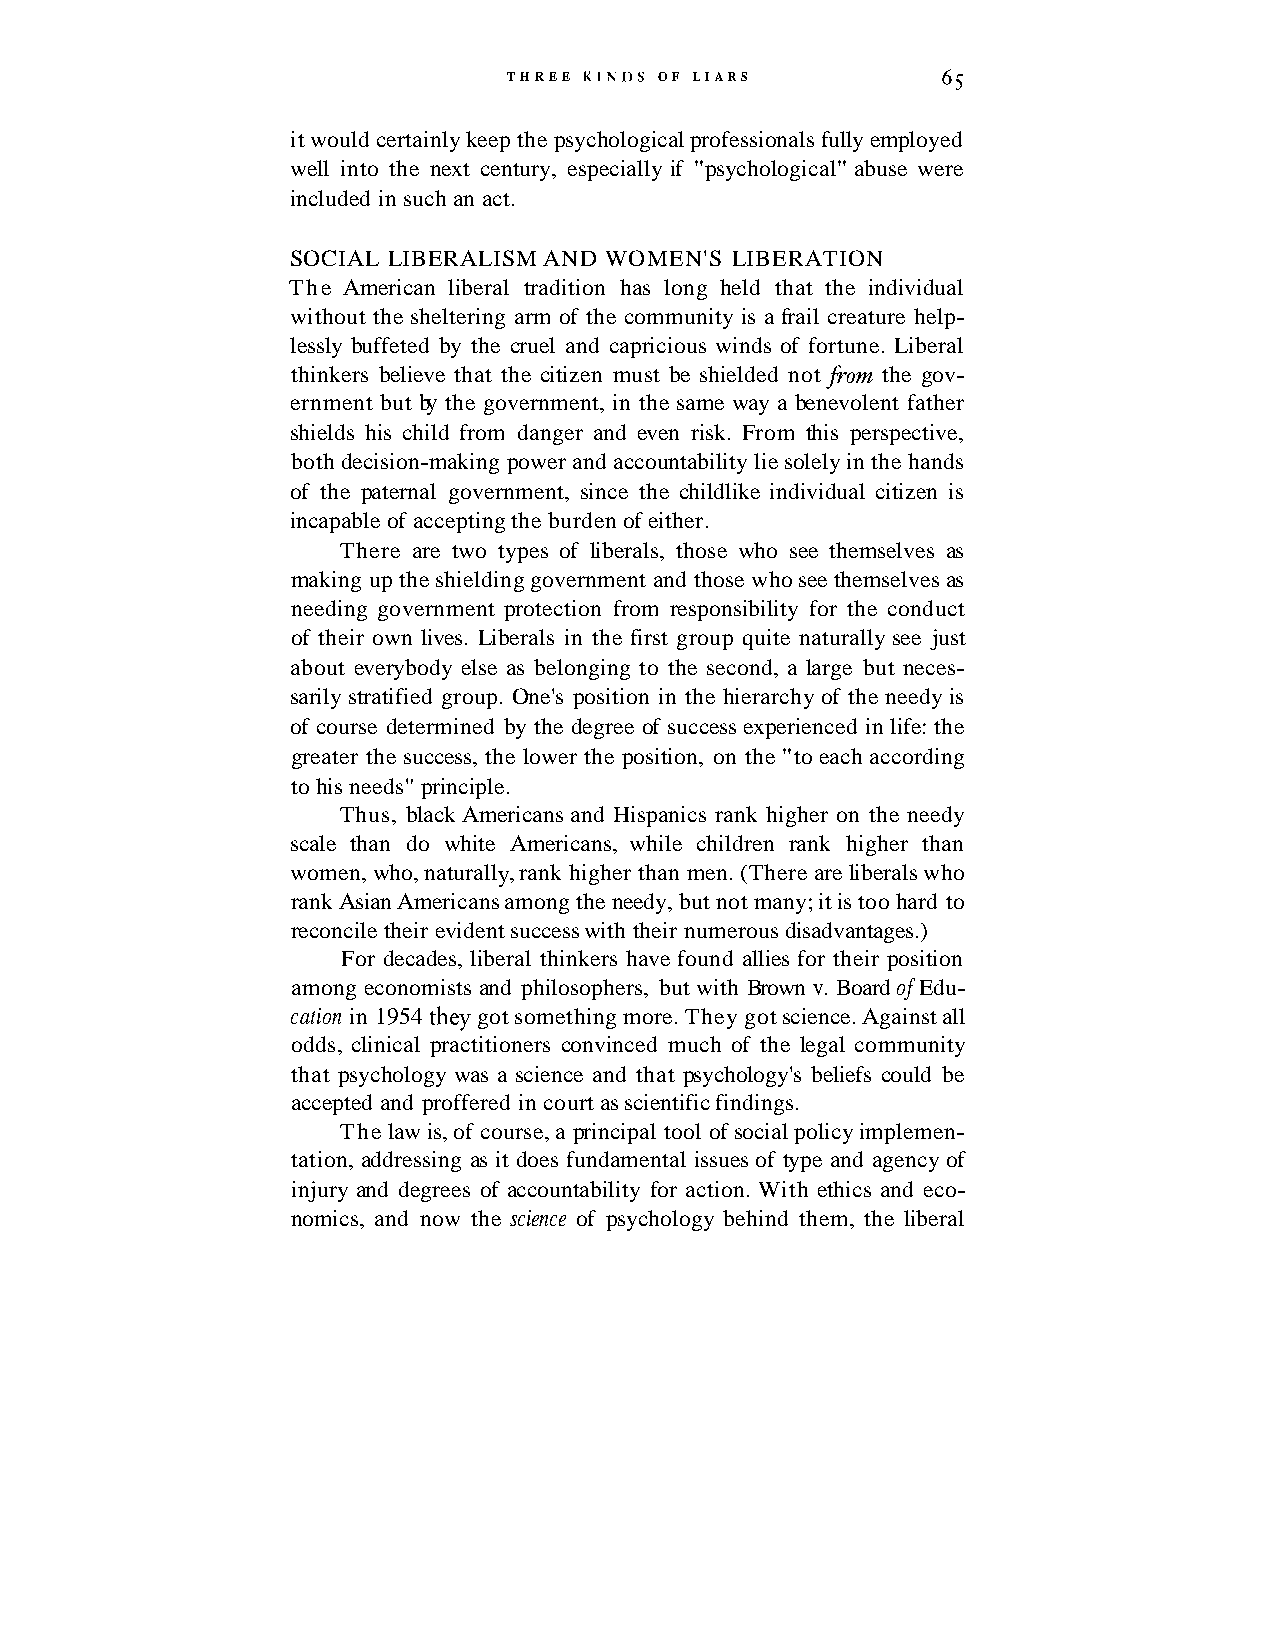
THREE KINDS OF LIARS        65
 it would certainly keep the psychological professionals fully employed
 well into the next century, especially if "psychological" abuse were
 included in such an act.
 SOCIAL LIBERALISM AND WOMEN'S LIBERATION
 The American liberal tradition has long held that the individual
 without the sheltering arm of the community is a frail creature help-
 lessly buffeted by the cruel and capricious winds of fortune. Liberal
 thinkers believe that the citizen must be shielded not fiom the gov-
 ernment but by the government, in the same way a benevolent father
 shields his child from danger and even risk. From this perspective,
 both decision-making power and accountability lie solely in the hands
 of the paternal government, since the childlike individual citizen is
 incapable of accepting the burden of either.
 There are two types of liberals, those who see themselves as
 making up the shielding government and those who see themselves as
 needing government protection from responsibility for the conduct
 of their own lives. Liberals in the first group quite naturally see just
 about everybody else as belonging to the second, a large but neces-
 sarily stratified group. One's position in the hierarchy of the needy is
 of course determined by the degree of success experienced in life: the
 greater the success, the lower the position, on the "to each according
 to his needs" principle.
 Thus, black Americans and Hispanics rank higher on the needy
 scale than do white Americans, while children rank higher than
 women, who, naturally, rank higher than men. (There are liberals who
 rank Asian Americans among the needy, but not many; it is too hard to
 reconcile their evident success with their numerous disadvantages.)
 For decades, liberal thinkers have found allies for their position
 among economists and philosophers, but with Brown v. Board of Edu-
 cation in 1954 they got something more. They got science. Against all
 odds, clinical practitioners convinced much of the legal community
 that psychology was a science and that psychology's beliefs could be
 accepted and proffered in court as scientific findings.
 The law is, of course, a principal tool of social policy implemen-
 tation, addressing as it does fundamental issues of type and agency of
 injury and degrees of accountability for action. With ethics and eco-
 nomics, and now the science of psychology behind them, the liberal